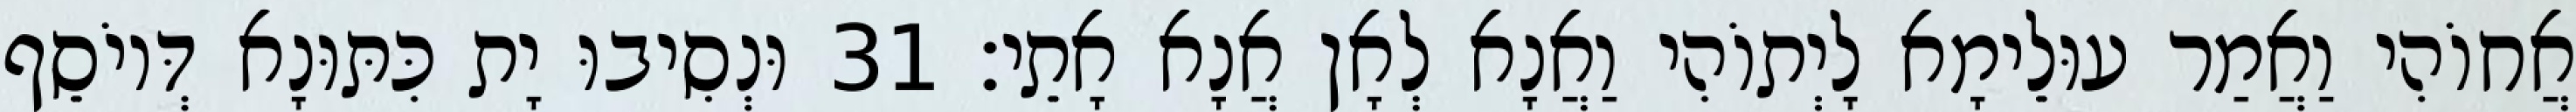
אֲחוֹהִי וַאֲמַר עוּלֵימָא לָיְתוֹהִי וַאֲנָא לְאָן אֲנָא אָתֵי׃ 31 וּנְסִיבוּ יָת כִּתּוּנָא דְּיוֹסֵף